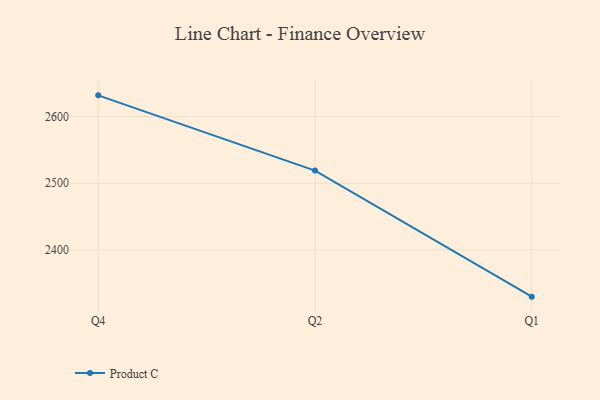
{"axis": {"x": "Quarter", "y": "Energy Usage (MWh)"}, "legend": ["Product C"], "data": [{"x": "Q4", "y": 2631.8, "type": "Product C"}, {"x": "Q2", "y": 2519.0, "type": "Product C"}, {"x": "Q1", "y": 2329.8, "type": "Product C"}]}